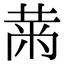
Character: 𮮠